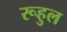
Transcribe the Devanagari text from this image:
रूहुल